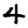
Digit: 4